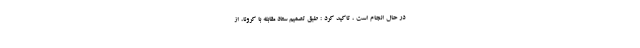
در حال انجام است ، تاکید کرد : طبق تصمیم ستاد مقابله با کرونا، از